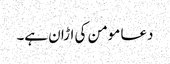
دعا مومن کی اڑان ہے۔